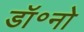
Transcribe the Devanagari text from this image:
डॉ॰नो